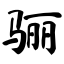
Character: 骊